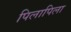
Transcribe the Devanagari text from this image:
पिलापिला